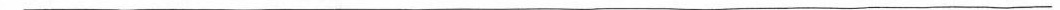
___